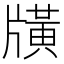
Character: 𤗶